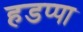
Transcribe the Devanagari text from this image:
हडप्‍पा